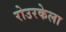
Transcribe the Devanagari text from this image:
रोउरकेला